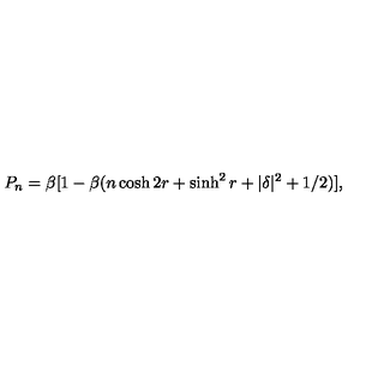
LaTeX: P _ { n } = \beta [ 1 - \beta ( n \cosh 2 r + \sinh ^ { 2 } r + | \delta | ^ { 2 } + 1 / 2 ) ] ,